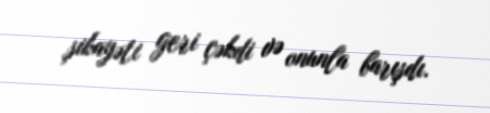
şikayəti geri çəkdi və onunla barışdı.